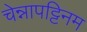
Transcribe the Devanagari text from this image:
चेन्नापट्टिनम